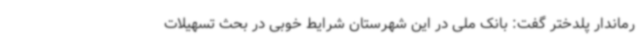
رماندار پلدختر گفت: بانک ملی در این شهرستان شرایط خوبی در بحث تسهیلات